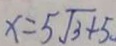
x = 5 \sqrt { 3 } + 5